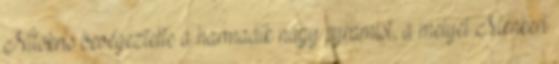
Nitokris bevégeztette a harmadik nagy pyramist, a melyet Menkeri